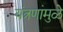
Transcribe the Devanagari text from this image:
यंत्रणांमुळे